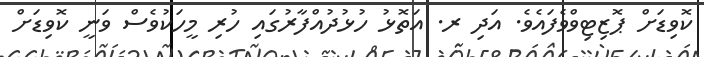
ކޮވިޑަށް ޕޮޒިޓިވްވެފައެވެ. އަދި ރ. އަތޮޅު ހުޅުދުއްފާރުގައި ހުރި މީހަކުވެސް ވަނީ ކޮވިޑަށް